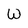
Character: W